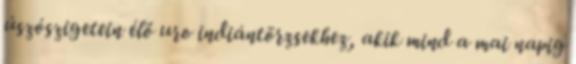
úszószigetein élő uro indiántörzsekhez, akik mind a mai napig